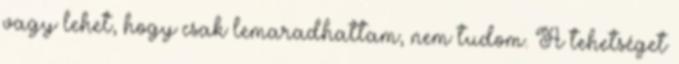
vagy lehet, hogy csak lemaradhattam, nem tudom. A tehetséget